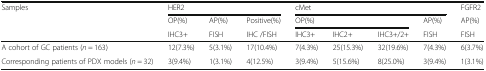
<table><thead><tr><td rowspan="3"><b>Samples</b></td><td colspan="3"><b>HER2</b></td><td colspan="4"><b>cMet</b></td><td><b>FGFR2</b></td></tr><tr><td><b>OP(%)</b></td><td><b>AP(%)</b></td><td><b>Positive(%)</b></td><td colspan="3"><b>OP(%)</b></td><td><b>AP(%)</b></td><td><b>AP(%)</b></td></tr><tr><td><b>IHC3+</b></td><td><b>FISH</b></td><td><b>IHC /FISH</b></td><td><b>IHC3+</b></td><td><b>IHC2+</b></td><td><b>IHC3+/2+</b></td><td><b>FISH</b></td><td><b>FISH</b></td></tr></thead><tbody><tr><td>A cohort of GC patients (<i>n</i> = 163)</td><td>12(7.3%)</td><td>5(3.1%)</td><td>17(10.4%)</td><td>7(4.3%)</td><td>25(15.3%)</td><td>32(19.6%)</td><td>7(4.3%)</td><td>6(3.7%)</td></tr><tr><td>Corresponding patients of PDX models (<i>n</i> = 32)</td><td>3(9.4%)</td><td>1(3.1%)</td><td>4(12.5%)</td><td>3(9.4%)</td><td>5(15.6%)</td><td>8(25.0%)</td><td>3(9.4%)</td><td>1(3.1%)</td></tr></tbody></table>